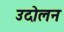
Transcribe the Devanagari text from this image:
उदोलन